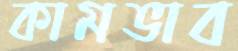
কামভাব